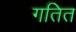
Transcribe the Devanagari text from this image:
गतित